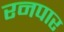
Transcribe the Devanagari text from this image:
रनपार